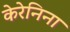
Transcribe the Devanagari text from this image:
केरेनिना